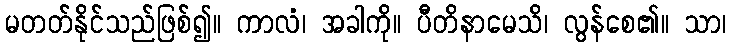
မတတ်နိုင်သည်ဖြစ်၍။ ကာလံ၊ အခါကို။ ပီတိနာမေသိ၊ လွန်စေ၏။ သာ၊